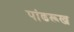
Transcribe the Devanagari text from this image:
पांढरूख